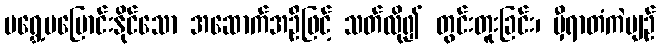
မရွှေ့မပြောင်းနိုင်သော အဆောက်အဦဖြင့် သတ်လို၍ တွင်းတူးခြင်း၊ မှီရာတံကဲပျဉ်